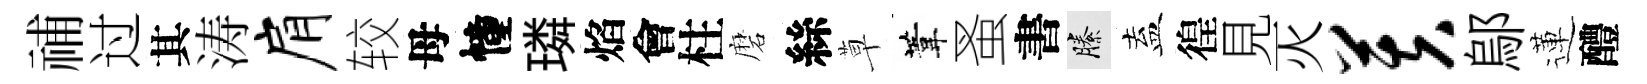
𥙷过其涛肩较母幢璘焰會柱磨絲草葦蚤書縢盍徨見灭芙鄔蓮醴